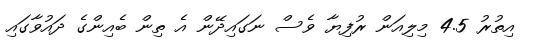
އިތުރު 4.5 މިލިއަން ރުފިޔާ ވެސް ނަގައިދޭން އެ ތިން ބެއިންގެ ދައުވާގައި